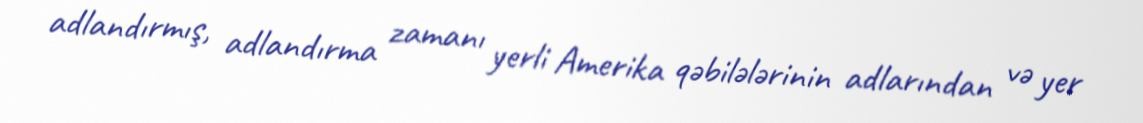
adlandırmış, adlandırma zamanı yerli Amerika qəbilələrinin adlarından və yer